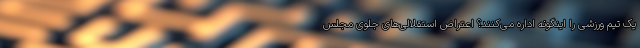
یک تیم ورزشی را اینگونه اداره می‌کنند؟ اعتراض استقلالی‌های جلوی مجلس